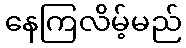
နေကြလိမ့်မည်